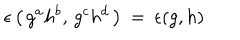
\epsilon \left( \, g ^ { a } h ^ { b } , \, g ^ { c } h ^ { d } \, \right) \: = \: \epsilon ( g , h )